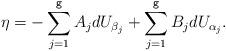
LaTeX: \begin{align*}\eta=-\sum_{j=1}^\texttt{g} A_j dU_{\beta_j}+\sum_{j=1}^\texttt{g} B_j dU_{\alpha_j}.\end{align*}